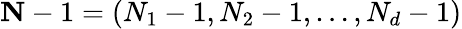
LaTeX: \mathbf{N}-1=(N_{1}-1,N_{2}-1,\ldots,N_{d}-1)